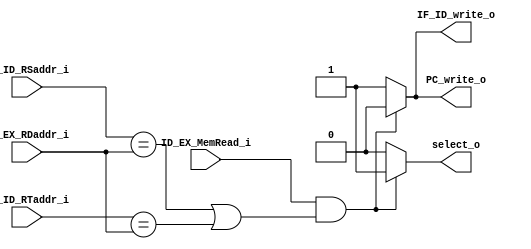
module Hazard
(
	IF_ID_RSaddr_i,
	IF_ID_RTaddr_i,
	ID_EX_RDaddr_i,
	ID_EX_MemRead_i,
	select_o,
	PC_write_o,
	IF_ID_write_o
);

input              ID_EX_MemRead_i;
input      [4 : 0] IF_ID_RSaddr_i;
input      [4 : 0] IF_ID_RTaddr_i;
input      [4 : 0] ID_EX_RDaddr_i;
output reg         select_o;
output reg         PC_write_o;
output reg         IF_ID_write_o;

always @(IF_ID_RSaddr_i or IF_ID_RTaddr_i or ID_EX_RDaddr_i or ID_EX_MemRead_i)
begin
	select_o = (ID_EX_MemRead_i && (IF_ID_RSaddr_i == ID_EX_RDaddr_i || IF_ID_RTaddr_i == ID_EX_RDaddr_i))? 1'b1 : 1'b0;
	PC_write_o = (ID_EX_MemRead_i && (IF_ID_RSaddr_i == ID_EX_RDaddr_i || IF_ID_RTaddr_i == ID_EX_RDaddr_i))? 1'b0 : 1'b1;
	IF_ID_write_o = (ID_EX_MemRead_i && (IF_ID_RSaddr_i == ID_EX_RDaddr_i || IF_ID_RTaddr_i == ID_EX_RDaddr_i))? 1'b0 : 1'b1;
end

endmodule